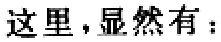
这里,显然有：